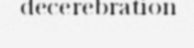
decerebration